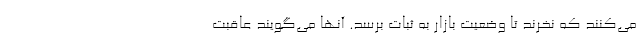
می‌کنند که نخرند تا وضعیت بازار به ثبات برسد. آنها می‌گویند عاقبت